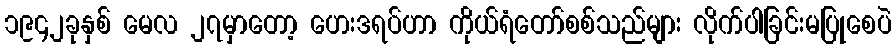
၁၉၄၂ခုနှစ် မေလ ၂၇မှာတော့ ဟေးဒရပ်ဟာ ကိုယ်ရံတော်စစ်သည်များ လိုက်ပါခြင်းမပြုစေပဲ